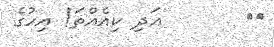
٨١       އަދި ކިއެއްތަ! އިހުގެ